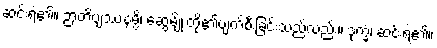
ဆင်းရဲ၏။ ဉာတိဗျဿနမ္ပိ၊ ဆွေမျိုးတို့၏ပျက်စီးခြင်းသည်လည်း။ ဒုက္ခံ၊ ဆင်းရဲ၏။